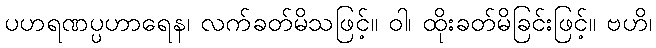
ပဟရဏပ္ပဟာရေန၊ လက်ခတ်မိသဖြင့်။ ဝါ၊ ထိုးခတ်မိခြင်းဖြင့်။ ဗဟိ၊